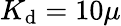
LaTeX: K_{\mathrm{d}}=10\mu